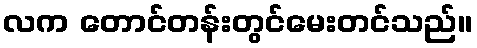
လက တောင်တန်းတွင်မေးတင်သည်။